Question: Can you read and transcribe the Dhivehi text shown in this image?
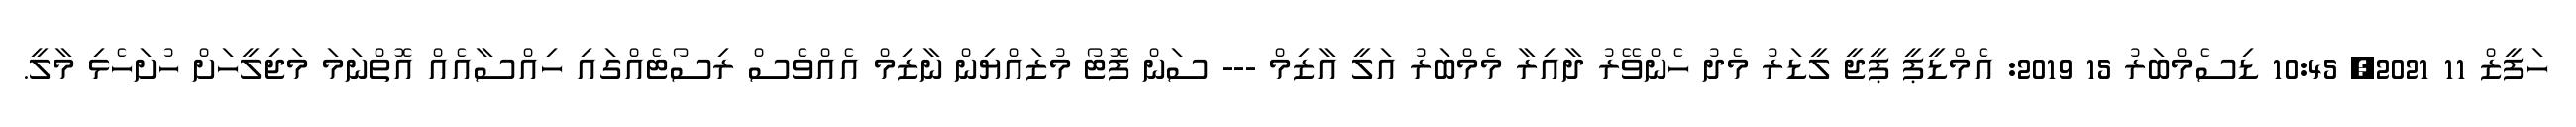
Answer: ހަފީޒް 11 2021, 10:45 ޑިސެމްބަރު 15 2019: އެމްޑީޕީ ޕީޖީ ލީޑަރު މެދު ހެންވޭރު ދާއިރާ މެމްބަރު އަލީ އާޒިމް --- ސަން ފޮޓޯ މުޒައްޔިން ނާޒިމް އެއްވެސް ރިސޯޓެއްގައި ހިއްސާއެއް އޮތްނަމަ މަޖިލީހަށް ހުށަހެޅި މާލީ.